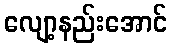
လျော့နည်းအောင်